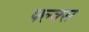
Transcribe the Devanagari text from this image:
फ्ल्क्स